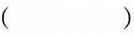
（）